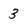
Character: 3